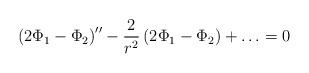
LaTeX: \begin{align*}\left(2\Phi_1-\Phi_2\right)'' -\frac{2}{r^2}\left(2\Phi_1-\Phi_2\right)+ \ldots =0\end{align*}